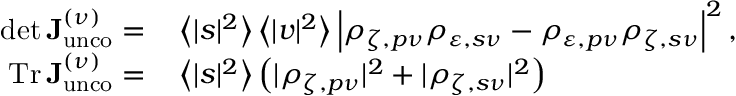
\begin{array} { r l } { \operatorname* { d e t } \mathop { \mathbf { J } _ { \mathrm { u n c o } } ^ { ( \nu ) } } = } & { { } \left\langle | s | ^ { 2 } \right\rangle \left\langle | v | ^ { 2 } \right\rangle \left| \rho _ { \zeta , p \nu } \rho _ { \varepsilon , s \nu } - \rho _ { \varepsilon , p \nu } \rho _ { \zeta , s \nu } \right| ^ { 2 } , } \\ { \mathrm { T r } \mathop { \mathbf { J } _ { \mathrm { u n c o } } ^ { ( \nu ) } } = } & { { } \left\langle | s | ^ { 2 } \right\rangle \left( | \rho _ { \zeta , p \nu } | ^ { 2 } + | \rho _ { \zeta , s \nu } | ^ { 2 } \right) } \end{array}